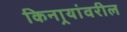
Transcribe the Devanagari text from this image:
किनार्‍यांवरील